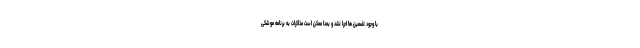
با وجود تضمین ها اجرا نشد و بعدا ممکن است مذاکرات به برنامه موشکی